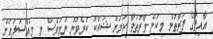
އާއިލާގެ ފަރާތުން މިކަން ވާރުތަވާ ކަމަށް ޝައްކު ކުރެވުނު ނަމަވެސް މި މައްސަލައަށް